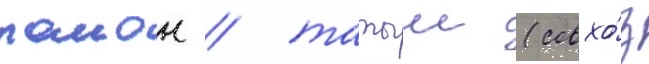
раион / татыш (совхо́з